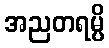
အညတရမ္ပိ